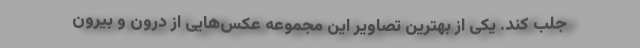
جلب کند. یکی از بهترین تصاویر این مجموعه عکس‌هایی از درون و بیرون